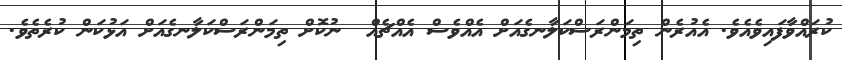
ކުރައްވާފައިވެއެވެ. އެއުރެން ތިމަންރަސްކަލާނގެއަށް އެއްވެސް އެއްޗެއް  ނުކޮށް ތިމަންރަސްކަލާނގެއަށް އަޅުކަން ކުރެތެވެ.